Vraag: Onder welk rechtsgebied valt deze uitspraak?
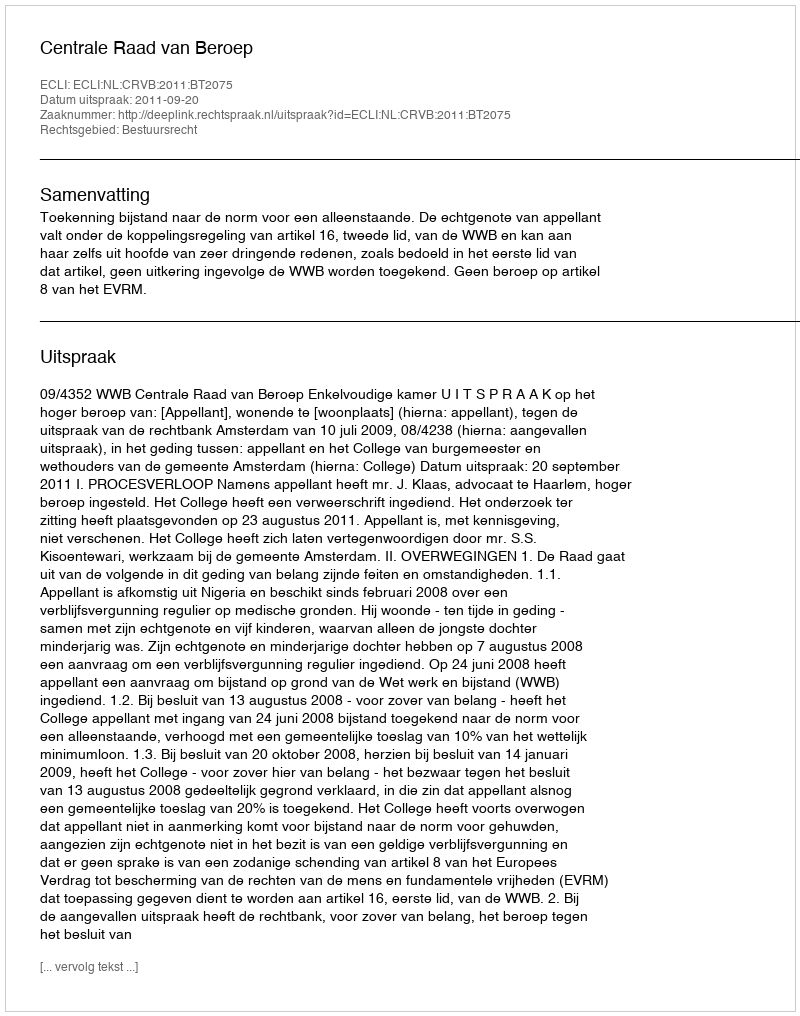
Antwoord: Bestuursrecht